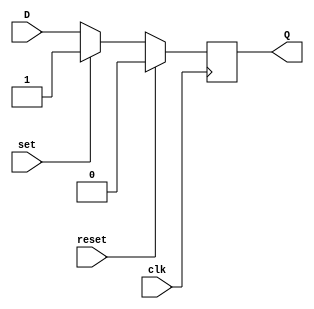
module dff_with_reset_set (
    input wire clk,
    input wire reset,
    input wire set,
    input wire D,
    output reg Q
);

always @(posedge clk) begin
    if (reset) begin
        Q <= 1'b0;
    end else if (set) begin
        Q <= 1'b1;
    end else begin
        Q <= D;
    end
end

endmodule